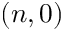
( n , 0 )